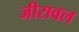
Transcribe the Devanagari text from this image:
जीरावल